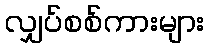
လျှပ်စစ်ကားများ